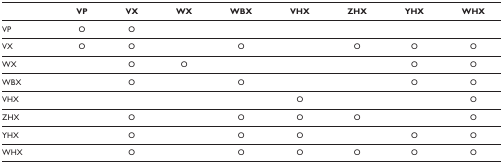
<table><thead><tr><td></td><td><b>VP</b></td><td><b>VX</b></td><td><b>WX</b></td><td><b>WBX</b></td><td><b>VHX</b></td><td><b>ZHX</b></td><td><b>YHX</b></td><td><b>WHX</b></td></tr></thead><tbody><tr><td>VP</td><td>O</td><td>O</td><td></td><td></td><td></td><td></td><td></td><td></td></tr><tr><td>VX</td><td>O</td><td>O</td><td></td><td>O</td><td></td><td>O</td><td>O</td><td>O</td></tr><tr><td>WX</td><td></td><td>O</td><td>O</td><td></td><td></td><td></td><td>O</td><td>O</td></tr><tr><td>WBX</td><td></td><td>O</td><td></td><td>O</td><td></td><td></td><td>O</td><td>O</td></tr><tr><td>VHX</td><td></td><td></td><td></td><td></td><td>O</td><td></td><td></td><td>O</td></tr><tr><td>ZHX</td><td></td><td>O</td><td></td><td>O</td><td>O</td><td>O</td><td></td><td>O</td></tr><tr><td>YHX</td><td></td><td>O</td><td></td><td>O</td><td>O</td><td></td><td>O</td><td>O</td></tr><tr><td>WHX</td><td></td><td>O</td><td></td><td>O</td><td>O</td><td>O</td><td>O</td><td>O</td></tr></tbody></table>